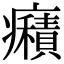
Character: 癪